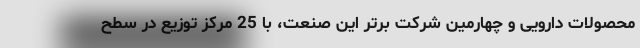
محصولات دارویی و چهارمین شرکت برتر این صنعت، با 25 مرکز توزیع در سطح